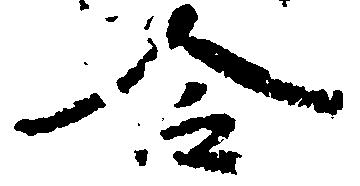
合